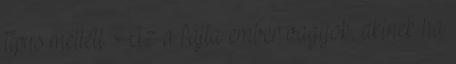
típus mellett. Az a fajta ember vagyok, akinek ha